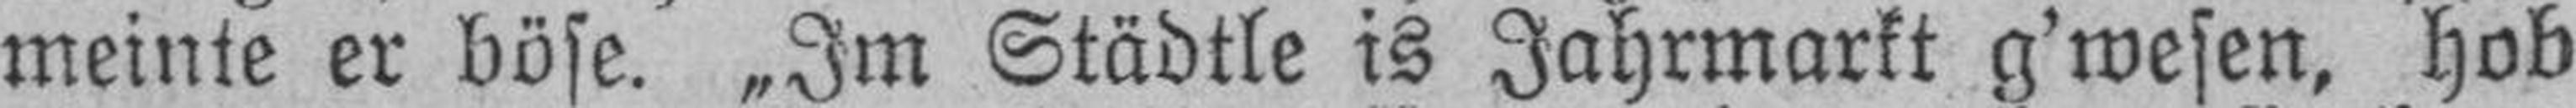
meinte er böse. „Im Städtle is Jahrmarkt g’wesen, hob